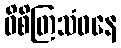
ဝိစိတြသံဝနေ